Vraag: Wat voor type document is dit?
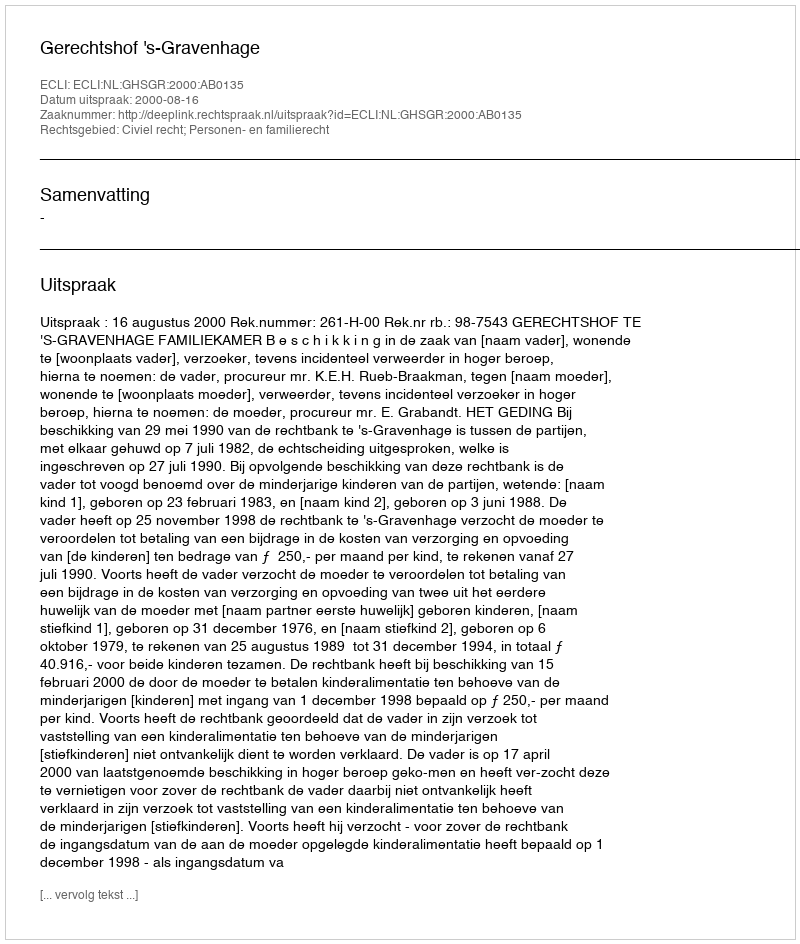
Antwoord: Uitspraak